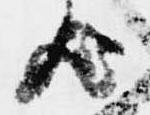
歟